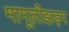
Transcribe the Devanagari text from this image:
मामूलीझड़प